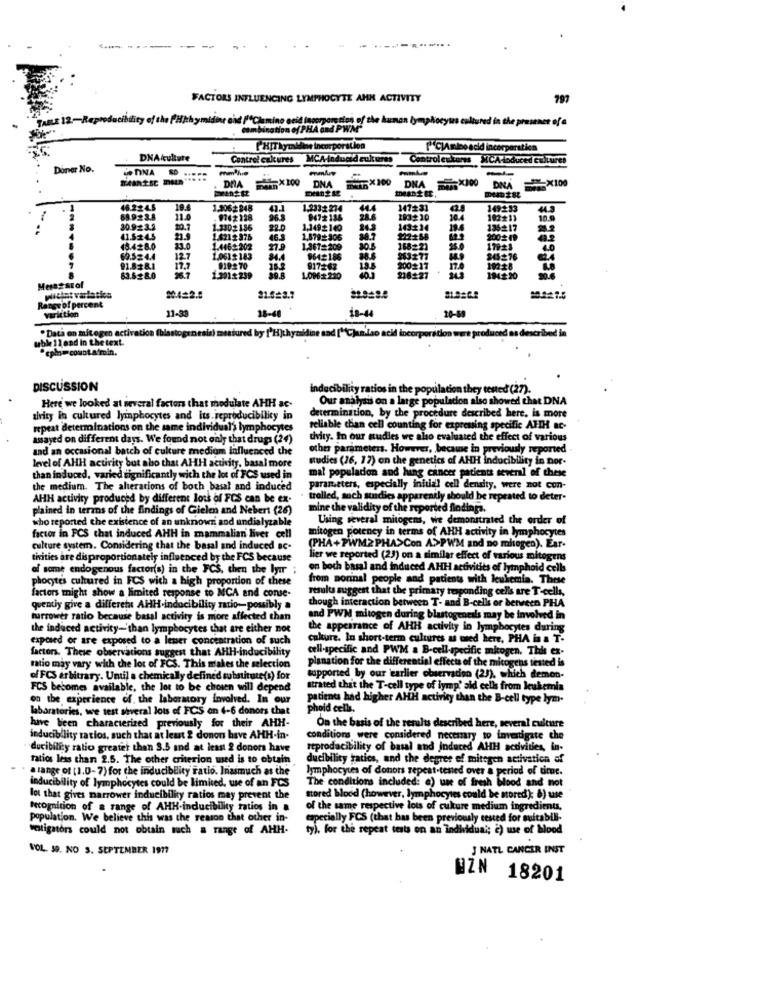
FACTORS INFLUENCING LYMPHOCYTE AHK ACTIVITY
797
TABLE 12-Reproducibility of the fHithymidine chd /fClamino acid (noorparecia of the human lymphocytes cultured in the presence of a
ation of PHA and PWM"
I HIT kyzidine incorporation
[C]Amino acid incorporstica
DNA/culture
Control cultures MCA-Induaid cultures
Control estares XICAHoduced cultures
Donar No.
enINA
DRA
DNA=X100
DNA
DNA
== X100
46.224.5
19.4
1.3062 848
1,2332 274
44.4
147231
149233
-
68.923.8
11.0
9742128
9472 136
10.4
102211
10.0
30.923.2
10.1
1.3302136
1,1492 140
24.3
19.6
135217
41.524.5
21.9
1.621$ 375
46.3
1,879:306
212258
2002 19
4.2
13.428.0
23.0
1.446+202
1.361=209
168221
69.524.4
12.7
1.061$183
9612188
345276
91.828.1
17.7
819270
917+62
200217
2162:27
17.0
63.628.0
2.2012239
10962 230
Meetstol
Range of percent
20.4=2.9
21.5#2.7
varittion
11-39
18-48
18-44
20-89
sable 12 end in the text
· Data en mitogen activation (blastogenesis) mestured by ['H)thymidine and ["Cjanilao acid incorporation were produced as described in
"epin= count afmin.
DISCUSSION
Inducibility ratios in the population they tested (27).
Our analysis on a large population also showed that DNA
Here we looked at several factors that modulate AHH ac-
determination, by the procedure described here, is more
airity in cultured lymphocytes and its. reproducibility in
repeat determinations on the same individual's lymphocytes
reliable chan cell counting for expressing specific AFH ac-
asayed on different days. We found not only that drugs (24)
delty. In our studies we also evaluated the effect of various
and an occasional batch of culture mediom influenced the
other parameters. However, because in previously reported
level of AHH acuirity but aho that AHH activity. basal more
studies (16, 17) on the genetics of AHH inducibility in por-
mal population and hing cancer patients several of these
than induced, varied significantly with the lot of FCS used in
the medium. The alterations of both basal and induced
parameters, especially initial cell density, were not con-
AHH activity produced by different lots of FCS can be ex-
trolled, such studies apparently should be repeated to deter-
plained in terms of the findings of Gielen and Nebert (26)
mine the validity of the reported findings.
who reported the existence of an unknown and undialyzable
Using several mitogens, we demonstrated the order of
mitogen potency in terms of AHH activity in lymphocytes
factor in FCS that induced AHH in mammalian liver cell
(PHA+PWM2PHA>Con A>PWM and no mitogen). Ear-
culture system. Considering that the basal and induced ac-
tivities are disproportionately influenced by the FCS because
lier we reported (23) on a similar effect of various mitogens
of some endogenous factor(s) in the FCS, then the lymr ;
on both basal and induced AHH activities of lymphoid celb
phocytes cultured in FCS with a high proportion of these
from aorinal people and patients with leukemia. These
factors might show a limited response to MCA and conse-
results suggest that the primary responding cells are T-cells.
though interaction between T- and B-cells or berveen PHA
quentiy give a different AHH-indocibility ratio-possibly a
turrower ratio because basal activity is more affected than
and PWM mitogen during blastogenesis may be involved in
the induced activity-than lymphocytes that are either not
the appearance of AHH activity in lymphocytes during
exposed or are exposed to a leser concentration of such
culture. In short-term cultures as med here, PHA in a T-
factors. These observations suggest that AHH-inducibility
cell-specific and PWM a B-cell-specific mitogen. This Cz-
planation for the differential effects of the mitogens tested is
ratio may vary with the lot of FCS. This makes the selection
of FCS arbitrary. Until a chemically define'd substitute(s) for
supported by our earlier observation (23), which demon-
FCS becomes available, the lot to be chosen will depend
strated that the T-cell type of lymp' aid cells from leukemia
on the experience of. the laboratory involved. In our
patients had higher AHH activity than the B-cell type lym-
laboratories, we test several lots of FCS on 4-6 donors that
phoid cells.
have been characterized previously for their AHH-
On the basis of the results described here, several culture
inducibility ratios, such that at least 2 donon have AHH-in-
conditions were considered necemry to investigate che
ducibility ratio greater than 3.5 and at least 2 donors have
reprodacibility of basal and Induced AHH activities, in-
ratios less than 2.5. The other criterion wed is to obtain
ducibility tatics, and the degree of mitogen activation af
A range of (1.0-7) for the inducibility Fatio. Inasmuch as the
lymphocytes of donors repeat-tested over a period of time.
The conditions included: a) use of fresh blood and not
inducibility of lymphocytes could be limited, we of an FCS
lot that gives narrower indueibility ratios may prevent the
stored blood (however, lymphocytes could be stored'); 8) use
Iecomition of a range of
ge of AHH-inducibility ratios in a
of the same respective lots of cukure medium ingredients,
population. We believe this was the reason that other in-
especially FCS (that has been previously tested for sultabili-
betigators could not obtain much a range of AHH-
ty). for the repeat tests on an individual; c) use of blood
VOL. 59. NO 5. SEPTEMBER 1977
J NATL CANCER ENST
EZN 18201